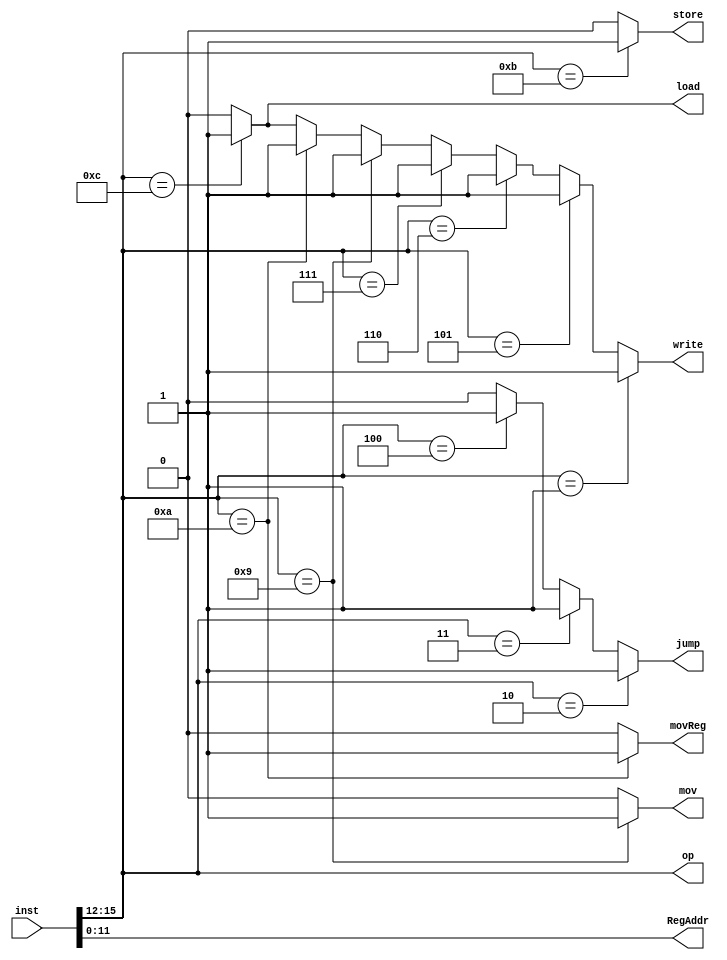
`timescale 1ns / 1ps

module Decoder(inst, op, RegAddr, write, jump, mov, movReg, store, load);
input [15:0] inst;
output [3:0] op;
output [11:0] RegAddr;
output write, store, load;
output jump, mov, movReg;
assign op = inst [15:12];
assign RegAddr = inst[11:0];

 assign write = op == 1 ? 1 :
					 op == 5 ? 1 :
					 op == 6 ? 1 :
					 op == 7 ? 1 : 					 
					 op == 9 ? 1 : 
					 op == 10 ? 1 :
					 op == 12 ? 1 : 0;
			
 assign jump = op == 2 ? 1 :
					op == 3 ? 1 :
					op == 4 ? 1 : 0;
 
 assign mov = op == 9 ? 1 : 0;

 assign movReg = op == 10 ? 1 : 0;
 
 assign store = op == 11 ? 1 : 0;
 
 assign load = op == 12 ? 1 : 0;
endmodule